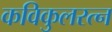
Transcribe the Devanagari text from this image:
कविकुलरत्न